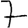
Digit: 7